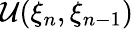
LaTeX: {\cal U}(\xi_{n},\xi_{n-1})